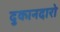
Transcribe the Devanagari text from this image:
दुकानदारो